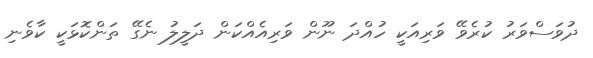
ދުވަސްވަރު ކުރެވޭ ވަރިއަކީ ހުއްދަ ނޫން ވަރިއެއްކަން ދަލީލު ނެގޭ ތަންކޮޅަކީ ކާވެނި